Annual report of the Bengal Veterinary College and of the Civil Veterinary Department, Bengal, for the year 1911-1912 - 1911-1912
Year: 1911
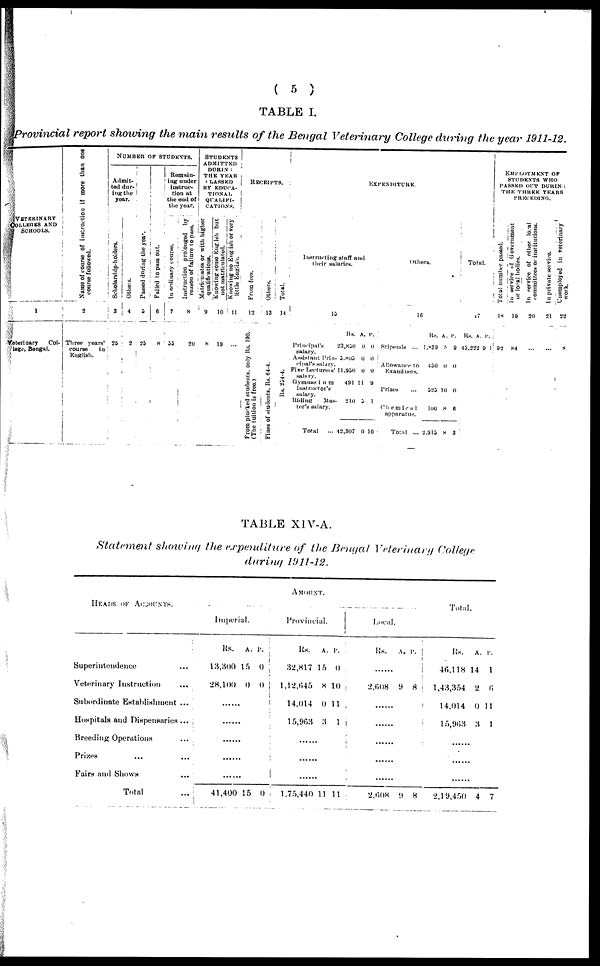
( 5 )
TABLE I.
Provincial report showing the main results of the Bengal Veterinary College during the year 1911-12.
VETERINARY
COLLEGES AND
SCHOOLS.
1
Veterinary
Col-
lege, Bengal.
Name of course of instruction if more than one
course followed.
2
Three years'
course
in
English.
NOMBER Of STUDENTS.
Admit
ted dur-
ing the
year.
Scholarship-hoiders.
3
25
Otheis.
4
2
Pas s ed d u r i n g t he year .
5
25
Failed to pass out.
6
8
Remain
ing under
instruc-
tion at
the end of
the year.
In ordinary course.
7
55
|
|
i
Instruction prolonged by
reason of f ai l ur e to pass.
8
20
STUDENTS
ADMITTED
DURN
THE
YEAR
CLASSED
BY EDUCA-
TIONAL
QUALIFI-
CATIONS.
Matriculates or with higher
qualifications.
9
8
Knowing some English but
not matriculated.
10
19
Knowing no English
or very
little English.
11
...
RECEIPTS.
From fees.
12
From plucked students, only Rs. 190.
(The tuition is free.)
Others.
13
Fines of students, Rs. 64.4.
Total.
14
Rs. 254-4.
EXPENDITURE.
Instructing staff and
their
salaries.
15.
Principal's
salar.y.
Assistant Prin-
cipal's salary.
Five Leetureis'
salary.
Gymnasium
Instructor's
salary.
Riding
Mas-
ter's salary.
Total
...
Rs.
23,850
5.805
11,950
491
210
42,307
A.
0
0
0
11
5
0
P.
0
0
0
9
I
10
others.
16
Rs.
Stipends ... 1,339
Allowance to 450
Exami ners.
Prizes
...
525
Chemical
100
apparatus.
Total ... 2,915
A.
5
0
10
8
8
P.
9
0
0
6
3
Total.
17
Rs. A.
45,222
p
9
.
1
EMPLOYMENT OF
STUDESTS WHO
PASSED OUT DURIN
THE THREE YEAR
PRECEDING.
Total number passed.
18
i
92
In service of Government
or local bodies.
19
84
In service of other local
committees or institutions.
20
...
In private service.
21
...
Unemployed in veterinary
work.
22
8
TABLE XIV-A.
Statement showing the expenditure of the Bengal Veterinary College
during 1911-12.
HEAD OF ACCOUNTS.
Superintendence...
Veterinary Instruction...
Subordinate Establishment...
Hospitals and Dispensaries...
Breeding Operations...
P r i z e s . . .
Fairs ami Shown...
Total
...
AMOUNT.
Imperial.
Rs.
13,300
28,100
41,400
A.
15
0
15
P.
0
0
0 ,
Provincial.
Rs.
32,817
1,12,645
14,014
15,963
1,75,440
A.
15
8
0
3
11
P.
0
10
11
1
11
Local.
Rs.
......
2,608
2,608
A.
9
9
P.
8
8
Total.
Rs.
46,118
1,43,354
14,014
15,963
2,19,450
A.
14
2
0
3
4
P.
1
6
11
1
7